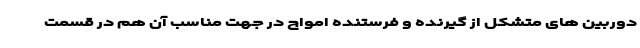
دوربین های متشکل از گیرنده و فرستنده امواج در جهت مناسب آن هم در قسمت